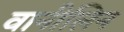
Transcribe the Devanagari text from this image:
वानीलिन